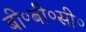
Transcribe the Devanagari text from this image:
बी०बी०सी०